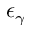
\epsilon _ { \gamma }